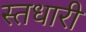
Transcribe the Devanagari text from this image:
स्तधारी